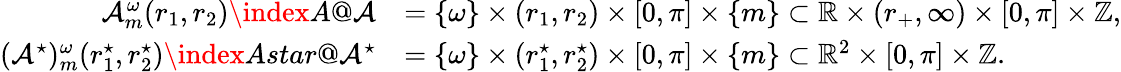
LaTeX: \begin{array}{rl}{\mathcal{A}_{m}^{\omega}(r_{1},r_{2})\index{A@\mathcal{A}}}&{=\{ \omega\} \times(r_{1},r_{2})\times[0,\pi]\times\{ m\} \subset\mathbb{R}\times(r_{+},\infty)\times[0,\pi]\times\mathbb{Z},}\\ {(\mathcal{A}^{\star})_{m}^{\omega}(r_{1}^{\star},r_{2}^{\star})\index{Astar@\mathcal{A}^{\star}}}&{=\{ \omega\} \times(r_{1}^{\star},r_{2}^{\star})\times[0,\pi]\times\{ m\} \subset\mathbb{R}^{2}\times[0,\pi]\times\mathbb{Z}.}\end{array}